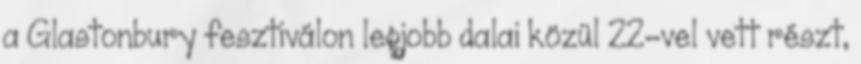
a Glastonbury fesztiválon legjobb dalai közül 22-vel vett részt,